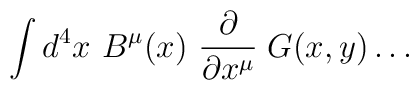
\int d^4 x \ B^\mu(x) \ {\partial \over \partial x^\mu} \; G(x,y) \dots